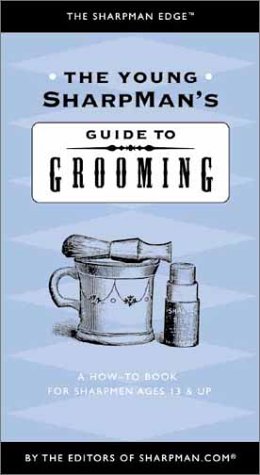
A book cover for The Young SharpMan's Guide to Grooming: A How-To Book for SharpMen Ages 13 & Up (Sharpman Edge); SharpMan.com; Teen & Young Adult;